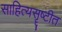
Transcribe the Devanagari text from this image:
साहित्यसॄष्टीत